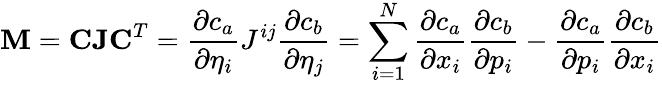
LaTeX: \mathbf{M}=\mathbf{CJC}^{T}=\frac{\partial c_{a}}{\partial\eta_{i}}J^{ij}\frac{\partial c_{b}}{\partial\eta_{j}}=\sum_{i=1}^{N}\frac{\partial c_{a}}{\partial x_{i}}\frac{\partial c_{b}}{\partial p_{i}}-\frac{\partial c_{a}}{\partial p_{i}}\frac{\partial c_{b}}{\partial x_{i}}